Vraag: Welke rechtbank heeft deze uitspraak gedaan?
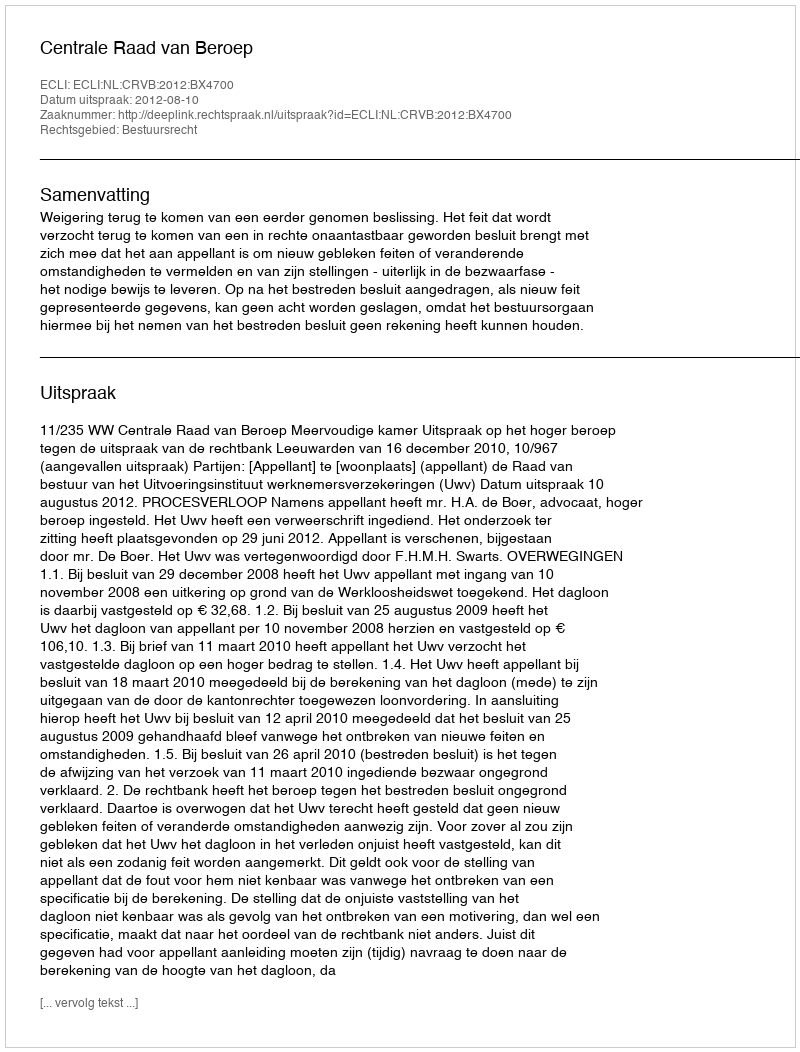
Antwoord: Centrale Raad van Beroep